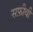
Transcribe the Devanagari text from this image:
सफ़ीवी